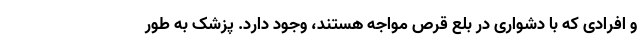
و افرادی که با دشواری در بلع قرص مواجه هستند، وجود دارد. پزشک به طور